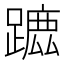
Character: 𨄭